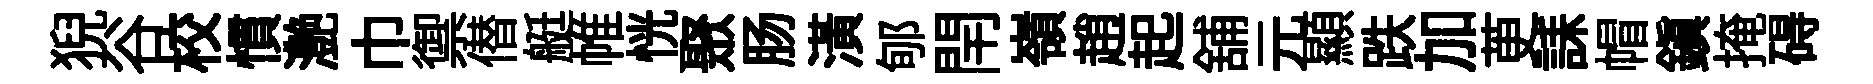
猊谷校慣灔巾禦僣艇帷恍聚肠潢郇閈嶺趙起舖元顯跌加茰誄帽鎮掩碍